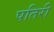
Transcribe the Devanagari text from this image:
पतिरी